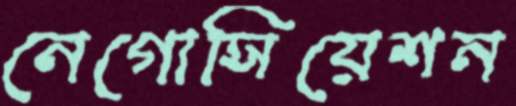
নেগোসিয়েশন